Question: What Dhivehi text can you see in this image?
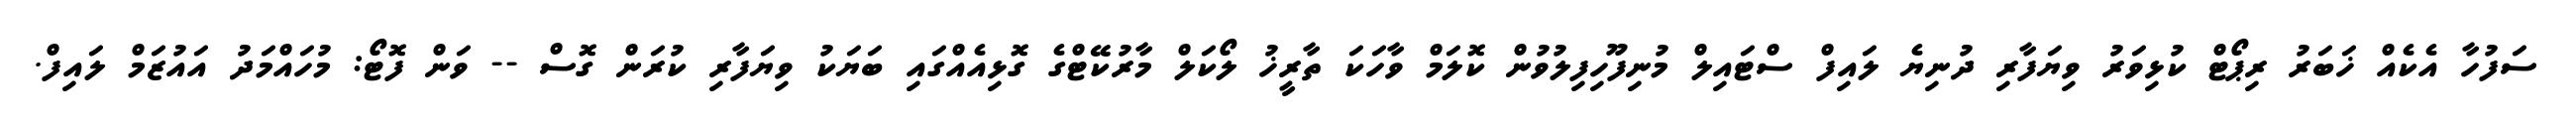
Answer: ސަފުހާ އެކެއް ޚަބަރު ރިޕޯޓް ކުޅިވަރު ވިޔަފާރި ދުނިޔެ ލައިފް ސްޓައިލް މުނިފޫހިފިލުވުން ކޮލަމް ވާހަކަ ތާރީޚު ލޯކަލް މާރުކޭޓްގެ ގޮޅިއެއްގައި ބަޔަކު ވިޔަފާރި ކުރަން ގޮސް -- ވަން ފޮޓޯ: މުހައްމަދު އައުޒަމް ލައިފް.